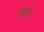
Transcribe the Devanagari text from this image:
हतः।